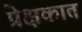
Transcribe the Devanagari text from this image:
प्रेक्षकात